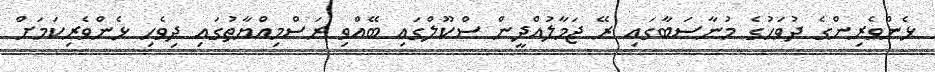
ޅެންވެރިންގެ ދުވަހުގެ މުނާސަބާގައި ރޭ ޖަމާލުއްދީން ސްކޫލްގައި ބޭއްވި ރަސްމިއްޔާތުގައި ދިވެހި ޅެންވެރިކަމަށް